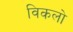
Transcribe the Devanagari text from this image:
विकलो